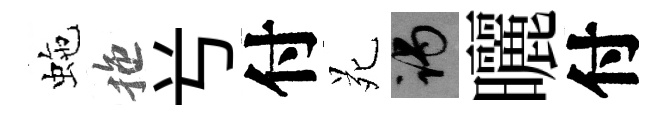
虵拖𠔃付苑谒曬付